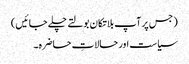
( جس پر آپ بلاتکان بولتے چلے جائیں)
سیاست اور حالاتِ حاضرہ۔